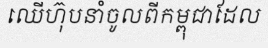
ឈើហ៊ុបនាំចូលពីកម្ពុជាដែល